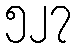
၅၂၇